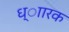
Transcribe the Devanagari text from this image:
ध्ाारक